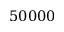
5 0 0 0 0